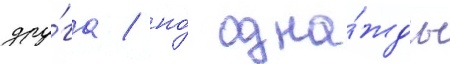
дру́га / но́ одна́жды